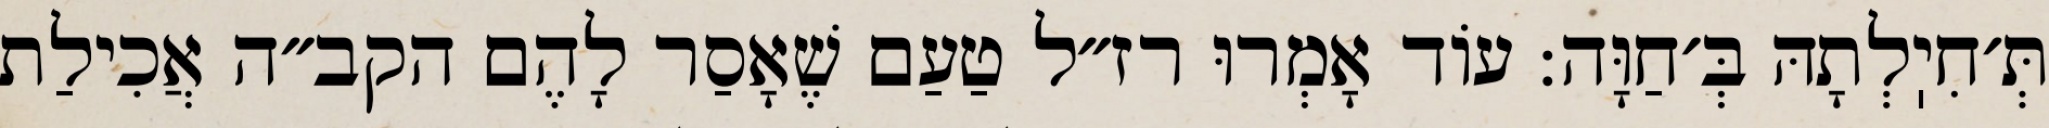
תְּ׳חִיֽלְתָהּ בְּ׳חַוָּה: עוֹד אָמְרוּ רז״ל טַעַם שֶׁאָסַר לָהֶם הקב״ה אֲכִילַת